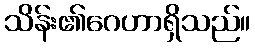
သိန်း၏ဂေဟာရှိသည်။